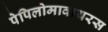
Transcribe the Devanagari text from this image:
पेपिलोमावायरस